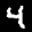
Label: 4